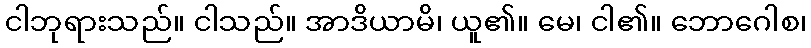
ငါဘုရားသည်။ ငါသည်။ အာဒိယာမိ၊ ယူ၏။ မေ၊ ငါ၏။ ဘောဂေါစ၊